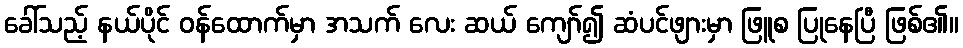
ခေါ်သည့် နယ်ပိုင် ဝန်ထောက်မှာ အသက် လေး ဆယ် ကျော်၍ ဆံပင်ဖျားမှာ ဖြူစ ပြုနေပြီ ဖြစ်၏။